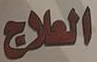
العلاج